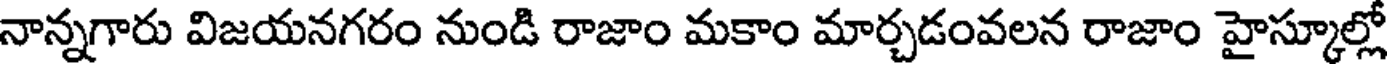
నాన్నగారు విజయనగరం నుండి రాజాం మకాం మార్చడంవలన రాజాం హైస్కూల్లో